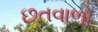
છતવાળો